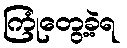
ကြုံတွေ့ခဲ့ရ